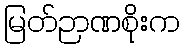
မြတ်ဉာဏစိုးက